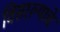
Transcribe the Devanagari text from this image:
विसरल्याचे